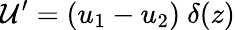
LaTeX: \mathcal{U}^{\prime}=(u_{1}-u_{2})\ \delta(z)